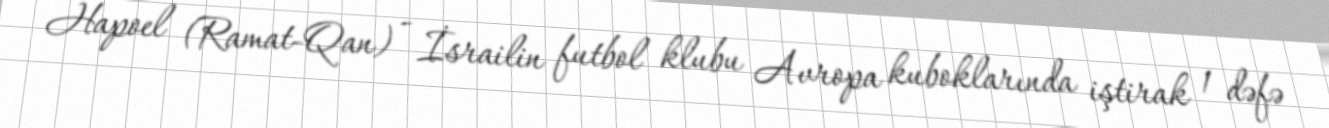
Hapoel (Ramat-Qan) - İsrailin futbol klubu Avropa kuboklarında iştirak 1 dəfə